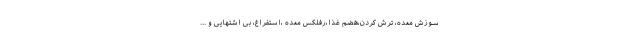
سوزش معده، ترش کردن،هضم غذا،رفلکس معده ،استفراغ، بی اشتهایی و ...